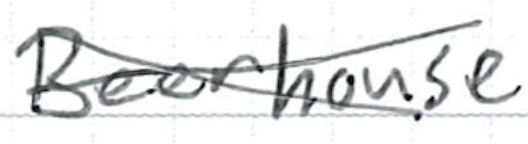
Text: Beerhouse
Cross-out: cross
Writing tool: ballpoint